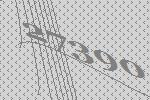
27390